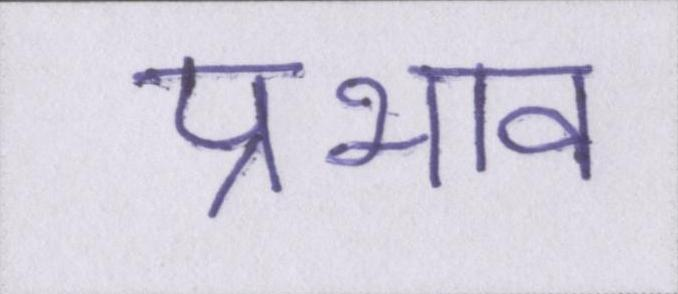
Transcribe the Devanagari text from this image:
प्रभाव